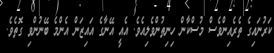
ކަރުނައިގެ ތެރެއިންވެސް މުސްކާން ހިނިތުންވެލިއެވެ. އެއީ އޭނާގެ އައިޒަން އެންމެ ބޭނުންވި ގޮތެވެ.